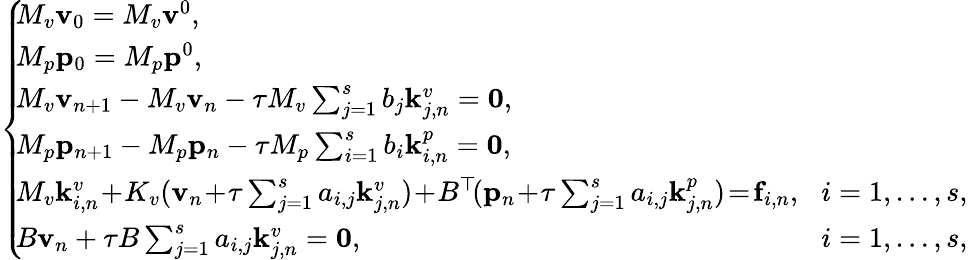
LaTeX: \left\{ \begin{array}{ll}{\! \! M_{v}\mathbf{v}_{0}=M_{v}\mathbf{v}^{0},}\\ {\! \! M_{p}\mathbf{p}_{0}=M_{p}\mathbf{p}^{0},}\\ {\! \! M_{v}\mathbf{v}_{n+1}-M_{v}\mathbf{v}_{n}-\tau M_{v}\sum_{j=1}^{s}b_{j}\mathbf{k}_{j,n}^{v}=\mathbf{0},}&\\ {\! \! M_{p}\mathbf{p}_{n+1}-M_{p}\mathbf{p}_{n}-\tau M_{p}\sum_{i=1}^{s}b_{i}\mathbf{k}_{i,n}^{p}=\mathbf{0},}&\\ {\! \! M_{v}\mathbf{k}_{i,n}^{v}\! +\! K_{v}(\mathbf{v}_{n}\! +\! \tau\sum_{j=1}^{s}a_{i,j}\mathbf{k}_{j,n}^{v})\! +\! B^{\top}\! (\mathbf{p}_{n}\! +\! \tau\sum_{j=1}^{s}a_{i,j}\mathbf{k}_{j,n}^{p})\! =\! \mathbf{f}_{i,n},}&{\! i=1,\ldots,s,}\\ {\! \! B\mathbf{v}_{n}+\tau B\sum_{j=1}^{s}a_{i,j}\mathbf{k}_{j,n}^{v}=\mathbf{0},}&{\! i=1,\ldots,s,}\end{array}\right.